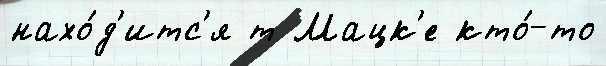
нахо́д'итс'я т Мацк'е кто́-то